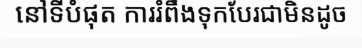
នៅទីបំផុត ការរំពឹងទុកបែរជាមិនដូច